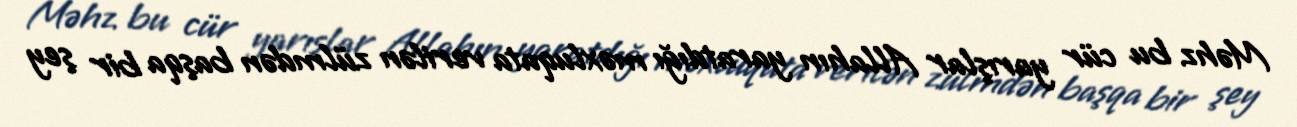
Məhz bu cür yarışlar Allahın yaratdığı məxluqata verilən zülmdən başqa bir şey